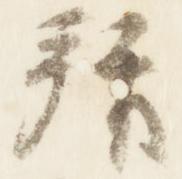
拝